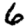
Digit: 6